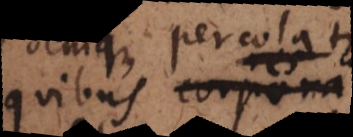
quibus corpora